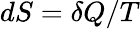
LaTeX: dS=\delta Q/T